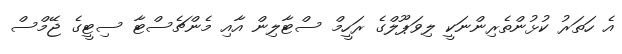
އެ ހަތަރު ކުޅުންތެރިންނަކީ ލިވަޕޫލްގެ ރަހީމް ސްޓާލިން އާއި މެންޗެސްޓާ ސިޓީގެ ޖޭމްސް